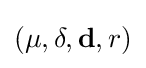
(\mu ,\delta ,\mathbf {d} ,r)